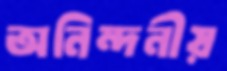
অনিন্দনীয়